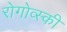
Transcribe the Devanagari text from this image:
रोगोव्स्की